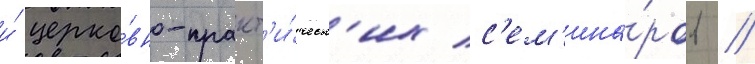
и́ церко́вно-практ'и́ческ'их с'ем'ина́ров //